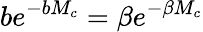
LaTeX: be^{-bM_{c}}=\beta e^{-\beta M_{c}}